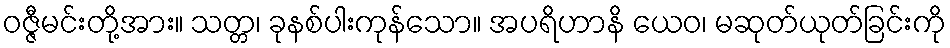
ဝဇ္ဇီမင်းတို့အား။ သတ္တ၊ ခုနစ်ပါးကုန်သော။ အပရိဟာနိ ယေဝ၊ မဆုတ်ယုတ်ခြင်းကို